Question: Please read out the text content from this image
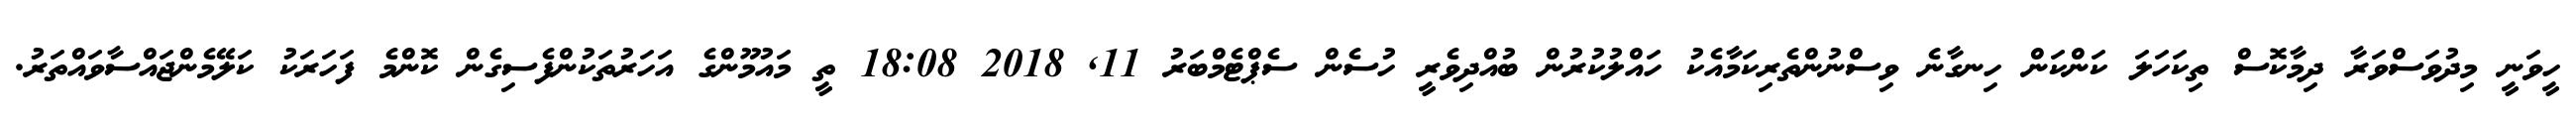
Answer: ހީވަނީ މިދުވަސްވަރާ ދިމާކޮސް ތިކަހަލަ ކަންކަން ހިނގާނެ ވިސްނުންތެރިކަމާއެކު ހައްލުކުރުން ބުއްދިވެރީ ހުސެން ސެޕްޓެމްބަރު 11, 2018 18:08 ތީ މައުމޫންގެ އަހަރުތަކުންފެސިގެން ކޮންމެ ފަހަރަކު ކަލޭމެންޖައްސާވައްތަރު.